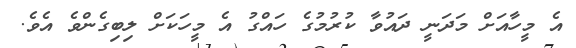
އެ މީހާއަށް މަދަނީ ދައުވާ ކުރުމުގެ ހައްގު އެ މީހަކަށް ލިބިގެންވެ އެވެ.